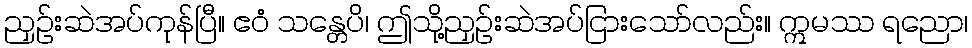
ညှဉ်းဆဲအပ်ကုန်ပြီ။ ဧဝံ သန္တေပိ၊ ဤသို့ညှဉ်းဆဲအပ်ငြားသော်လည်း။ ဣမဿ ရညော၊